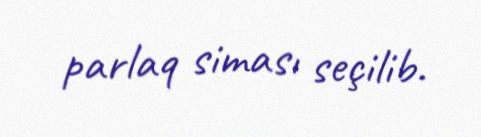
parlaq siması seçilib.